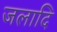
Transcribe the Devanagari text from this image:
जलादि